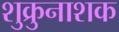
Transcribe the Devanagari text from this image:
शुक्रुनाशक